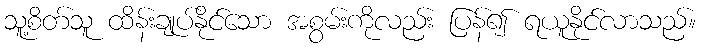
သူ့စိတ်သူ ထိန်းချုပ်နိုင်သော အစွမ်းကိုလည်း ပြန်၍ ရယူနိုင်လာသည်။